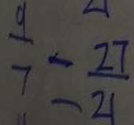
\frac { 9 } { 7 } = \frac { 2 7 } { 2 1 }